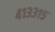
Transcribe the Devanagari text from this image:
४१३३१५